Annual vaccination report of Bihar and Orissa - 1911-1928
Year: 1911
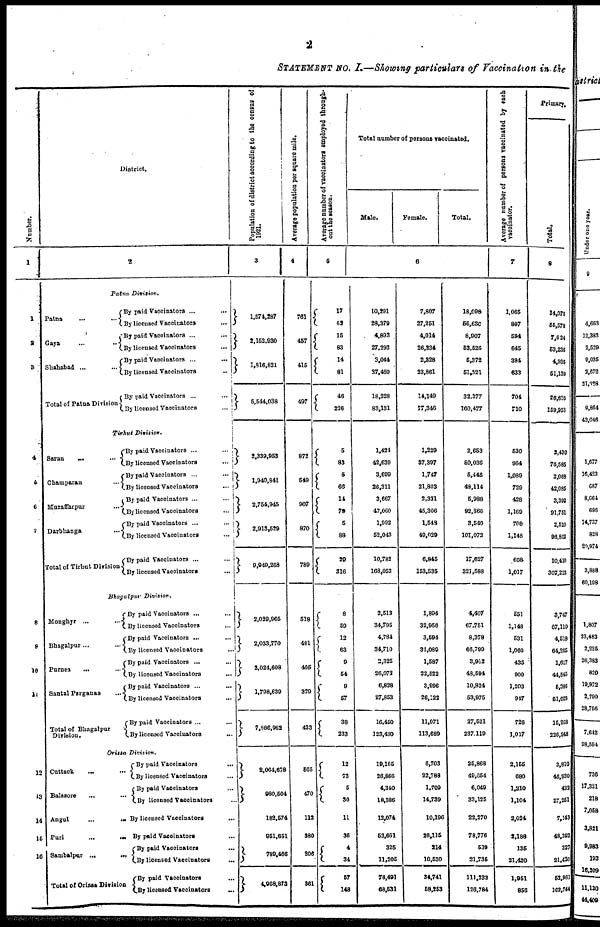
2
STATEMENT No. I.—Showing particulars of Vaccination in the
Number.
1
1
2
3
4
5
6
7
8
9
10
11
12
13
14
15
16
District.
2
Patna Division.
Patna...
Gaya...
Shahabad ...
Total of Patna Division
By paid Vaccinators... ...
By licensed Vaccinators... ...
By paid Vaccinators... ...
By licensed Vaccinators... ...
By paid Vaccinators ... ...
By licensed Vaccinators... ...
By paid Vaccinators... ...
By licensed Vaccinators... ...
Tirhut Division.
Saran ... ...
Champaran... ...
Muzaffarpur... ...
Darbhanga... ...
Total of Tirhut Division
By paid Vaccinators ... ...
By licensed Vaccinators... ...
By paid Vaccinators... ...
By licensed Vaccinators... ...
By paid Vaccinators ... ...
By licensed Vaccinators... ...
By paid Vaccinators ... ...
By licensed Vaccinators... ...
By paid Vaccinators... ...
By licensed Vaccinators... ...
Bhagalpur Division.
Monghyr...
Bhagalpur...
Purnea...
Santal Parganas... ...
Total of Bhagalpur
Division.
By paid Vaccinators... ...
By licensed Vaccinators... ...
By paid Vaccinators ...
By licensed Vaccinators... ...
By paid Vaccinators... ...
By licensed Vaccinators... ...
By paid Vaccinators... ...
By licensed Vaccinators...
...
By paid Vaccinators ...
By licensed Vaccinators...
...
Orissa Division.
Cuttack... ...
Balasore ... ...
Angul...
Puri...
...
Sambalpur...
Total of Orisaa Division
By paid Vaccinators... ...
By licensed Vaccinators... ...
By paid Vaccinators... ...
By licensed Vaccinators... ...
By licensed Vaccinators... ...
By paid Vaccinators... ...
By paid Vaccinators... ...
By licensed Vaccinators... ...
By paid Vaccinators
...
...
By licensed Vaccinators... ...
Population of district according to the census of
1981.
3
1,574,287
2,152,930
1,816,821
5,544,038
2,339,953
1,940,841
2,754,945
2,913,529
9,949,268
2,029,965
2,033,770
2,024,608
1,798,639
7,886,982
2,064,678
980,504
182,574
951,651
789,466
4,968,873
Average population per square mile.
4
761
457
415
497
872
549
907
870
780
518
481
405
329
423
565
470
112
380
206
361
Average number of vaccinators employed through-
out the season.
5
17
62
15
83
14
81
46
226
5
83
5
66
14
79
5
88
29
316
8
59
12
63
9
54
9
57
38
233
12
73
5
30
11
36
4
34
57
148
Total number of persons vaccinated.
Male.
Female.
Total.
6
10,291
28,379
4,893
27,292
3,044
37,460
18,228
83,131
1,421
42,639
3,699
26,311
3,667
47,060
1,992
52,043
10,782
168,053
2,513
34,795
4,784
34,710
2,325
26,072
6,828
27,853
16,450
123,430
19,165
26,866
4,340
18,386
13,074
52,661
325
11,205
76,491
68,531
7,807
27,251
4,014
26,234
2,328
23,861
14,149
77,346
1,229
37,397
1,747
21,803
2,331
45,306
1,548
49,029
6,845
153,535
1,894
32,956
3,594
32,089
1,587
22,522
3,996
26,122
11,071
113,689
6,703
22,788
1,709
14,739
10,196
26,115
214
10,530
34,741
58,253
18,098
55,630
8,907
53,526
5,372
51,321
32,377
160,477
2,653
50,036
5,446
48,114
5,988
92,366
3,540
101,072
17,627
321,588
4,407
67,751
8,378
66,799
3,912
48,594
10,824
53,975
27,521
237,119
25,868
49,654
6,049
33,125
22,270
78,776
539
21,735
111,232
126,784
Average number of persons vaccinated by each
vaccinator.
7
1,065
897
594
645
384
633
704
710
530
964
1,089
729
428
1,169
708
1,148
608
1,017
551
1,148
531
1,060
435
900
1,203
947
726
1,017
2,155
680
1,210
1,104
2,024
2,188
135
21,420
1,951
856
Primary
Total.
8
14,075
55,578
7,624
53,236
4,936
51,139
26,636
159,953
2,430
76,585
2,068
42,085
3,391
91,751
2,520
96,802
10,410
307,223
3,747
67,110
4,518
64,265
1,617
44,545
5,386
51,023
15,268
226,948
3,810
46,930
433
27,251
7,143
48,392
327
21,420
52,961
103,744